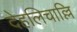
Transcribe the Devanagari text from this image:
देहलिचाल्लि